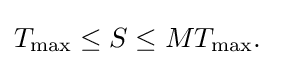
T_{\max }\leq S\leq MT_{\max }.\